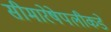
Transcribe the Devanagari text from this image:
सीमारेषेपलीकडे